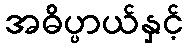
အဓိပ္ပာယ်နှင့်